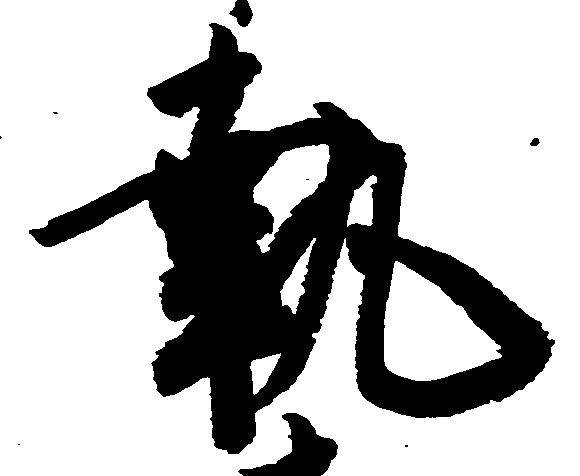
執